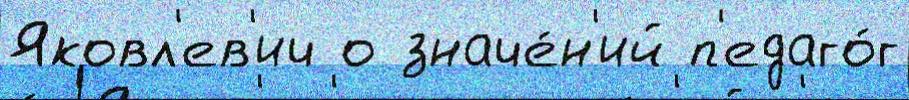
Яковл'ев'ич о значе́н'ий п'едаго́г